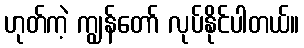
ဟုတ်ကဲ့ ကျွန်တော် လုပ်နိုင်ပါတယ်။